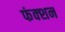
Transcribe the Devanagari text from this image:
फंक्‍शन